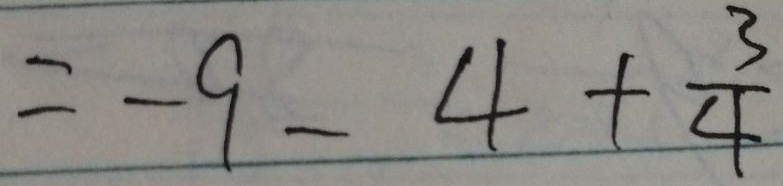
= - 9 - 4 + \frac { 3 } { 4 }